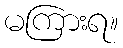
မကြားရ။